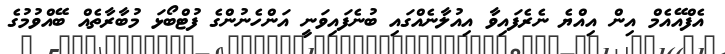
އެފްއޭއެމް އިން އިއްޔެ ނެރެފައިވާ އިއުލާނެއްގައި ބުނެފައިވަނީ އަންހެނުންގެ ފުޓްބޯޅަ މުބާރާތެއް ބޭއްވުމުގެ